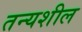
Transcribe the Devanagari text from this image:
तन्यशील